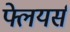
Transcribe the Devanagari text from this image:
फ्लेयर्स